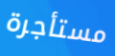
مستأجرة